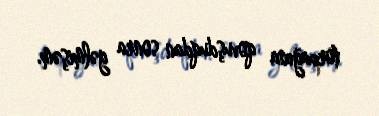
torpağına qovuşduqdan sonra gəlmişəm.